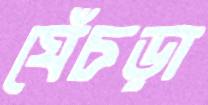
ঘেঁচড়া